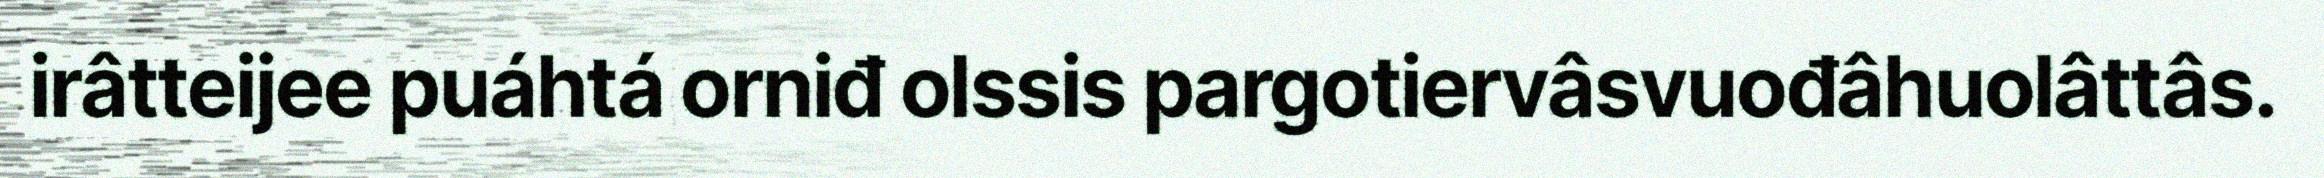
irâtteijee puáhtá orniđ olssis pargotiervâsvuođâhuolâttâs.